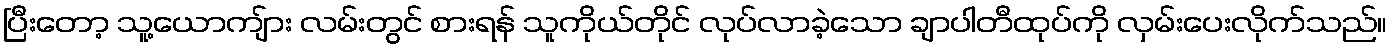
ပြီးတော့ သူ့ယောကျ်ား လမ်းတွင် စားရန် သူကိုယ်တိုင် လုပ်လာခဲ့သော ချာပါတီထုပ်ကို လှမ်းပေးလိုက်သည်။